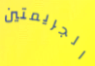
الجريمتين